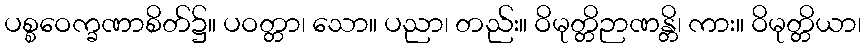
ပစ္စဝေက္ခဏာစိတ်၌။ ပဝတ္တာ၊ သော။ ပညာ၊ တည်း။ ဝိမုတ္တိဉာဏန္တိ၊ ကား။ ဝိမုတ္တိယာ၊